Vital statistics of India. Vol. V, Reports of 1876 on armies & jails and on epidemic cholera
Year: 1876
Disease focus: Cholera
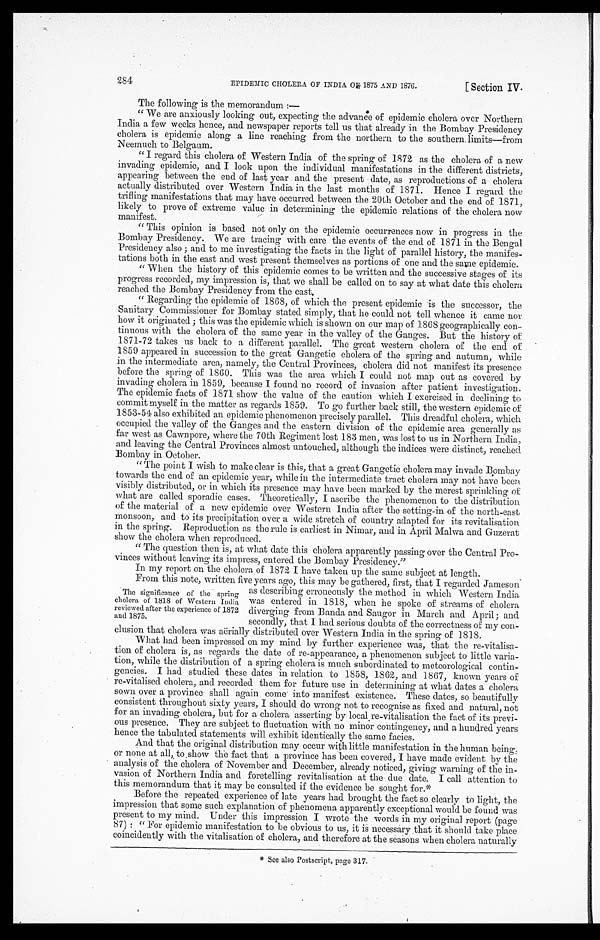
EPIDEMIC CHOLERA OF INDIA OF 1875 AND 1876.
[ Section IV.
284
The following is the memorandum :—
"We are anxiously looking out, expecting the advance of epidemic cholera over Northern
India a few weeks hence, and newspaper reports tell us that already in the Bombay Presidency
cholera is epidemic along a line reaching from the northern to the southern, limits—from
Neemuch to Belgaum.
"I regard this cholera of Western India of the spring of 1872 as the cholera of a new
invading epidemic, and I look upon the individual manifestations in the different districts,
appearing between the end of last year and the present date, as reproductions of a cholera
actually distributed over Western India in the last months of 1871. Hence I regard the
trifling manifestations that may have occurred between the 20th October and the end of 1871,
likely to prove of extreme value in determining the epidemic relations of the cholera now
manifest.
"This opinion is based not only on the epidemic occurrences now in progress in the
Bombay Presidency. We are tracing with care the events of the end of 1871 in the Bengal
Presidency also; and to me investigating the facts in the light of parallel history, the manifes
-
tations both in the east and west present themselves as portions of one and the same epidemic.
"When the history of this epidemic comes to be written and the successive stages of its
progress recorded, my impression is, that we shall be called on to say at what date this cholera
reached the Bombay Presidency from the east.
Regarding the epidemic of 1868, of which the present epidemic is the successor, the
Sanitary Commissioner for Bombay stated simply, that he could not tell whence it came nor
how it originated; this was the epidemic which is shown on our map of 1868 geographically con
-
tinuous with the cholera of the same year in the valley of the Ganges. But the history of
1871-72 takes us back to a different parallel. The great western cholera of the end of
1859 appeared in succession to the great Gangetic cholera of the spring and autumn, while
in the intermediate area, namely, the Central Provinces, cholera did not manifest its presence
before the spring of 1860. This was the area which I could not map out as covered by
invading cholera in 1859, because I found no record of invasion after patient investigation.
The epidemic facts of 1871 show the value of the caution which I exercised in declining to
commit myself in the matter as regards 1859. To go further back still, the western epidemic of
1853-54 also exhibited an epidemic phenomenon precisely parallel. This dreadful cholera, which
occupied the valley of the Ganges and the eastern division of the epidemic area generally as
far west as Cawnpore, where the 70th Regiment lost 183 men, was lost to us in Northern India,
and leaving the Central Provinces almost untouched, although the indices were distinct, reached
Bombay in October.
" The point I wish to make clear is this, that a great Gangetic cholera may invade Bombay
towards the end of an epidemic year, while in the intermediate tract cholera may not have been
visibly distributed, or in which its presence may have been marked by the merest sprinkling of
what are called sporadic cases. Theoretically, I ascribe the phenomenon to the distribution
Of the material of a new epidemic over Western India after the setting-in of the north-east
monsoon, and to its precipitation over a wide stretch of country adapted for its revitalisation
in the spring. Reproduction as the rule is earliest in Nimar, and in April Malwa and Guzerat
show the cholera when reproduced.
" The question then is, at what date this cholera apparently passing over the Central Pro
-
vinces without leaving its impress, entered the Bombay Presidency."
In my report on the cholera of 1872 I have taken up the same subject at length.
From this note, written five years ago, this may be gathered, first, that I regarded Jameson
as describing erroneously the method in which Western India
was entered in 1818, when he spoke of streams of cholera
diverging from Banda and Saugor in March and April; and
secondly, that I had serious doubts of the correctness of my con-
clusion that cholera was aërially distributed over Western India in the spring of 1818.
What had been impressed on my mind by further experience was, that the re-vitalisa
-
tion of cholera is, as regards the date of re-appearance, a phenomenon subject to little varia-
tion, while the distribution of a spring cholera is much subordinated to meteorological contin
-
gencies. I had studied these dates in relation to 1858, 1862, and 1867, known years of
re-vitalised cholera, and recorded them for future use in determining at what dates a cholera
sown over a province shall again come into manifest existence. These dates, so beautifully
consistent throughout sixty years, I should do wrong not to recognise as fixed and natural, not
for an invading cholera, but for a cholera asserting by local re-vitalisation the fact of its previ
-
ous presence. They are subject to fluctuation with no minor contingency, and a hundred years
hence the tabulated statements will exhibit identically the same facies.
And that the original distribution may occur with little manifestation in the human being,
or none at all,. to show the fact that a province has been covered, I have made evident by the
analysis of the cholera of November and December, already noticed, giving warning of the in-
vasion of Northern India and foretelling revitalisation at the due date. I call attention to
this memorandum that it may be consulted if the evidence be sought for.*
Before the repeated experience of late years had brought the fact so clearly to light, the
impression that some such explanation of phenomena apparently exceptional would be found was
present to my mind. Under this impression I wrote the words in my original report (page
87) : " For epidemic manifestation to be obvious to us, it is necessary that it should take place
coincidently with the vitalisation of cholera, and therefore at the seasons when cholera naturally
* See also Postscript, page 317.
The significance of the spring
cholera of 1818 of Western India
reviewed after the experience of 1872
and 1875.